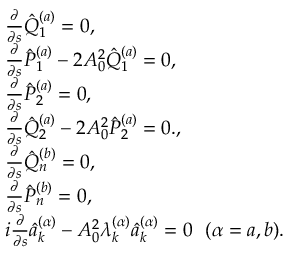
\begin{array} { r l } & { \frac { \partial } { \partial s } \hat { Q } _ { 1 } ^ { ( a ) } = 0 , } \\ & { \frac { \partial } { \partial s } \hat { P } _ { 1 } ^ { ( a ) } - 2 A _ { 0 } ^ { 2 } \hat { Q } _ { 1 } ^ { ( a ) } = 0 , } \\ & { \frac { \partial } { \partial s } \hat { P } _ { 2 } ^ { ( a ) } = 0 , } \\ & { \frac { \partial } { \partial s } \hat { Q } _ { 2 } ^ { ( a ) } - 2 A _ { 0 } ^ { 2 } \hat { P } _ { 2 } ^ { ( a ) } = 0 . , } \\ & { \frac { \partial } { \partial s } \hat { Q } _ { n } ^ { ( b ) } = 0 , } \\ & { \frac { \partial } { \partial s } \hat { P } _ { n } ^ { ( b ) } = 0 , } \\ & { i \frac { \partial } { \partial s } \hat { a } _ { k } ^ { ( \alpha ) } - A _ { 0 } ^ { 2 } \lambda _ { k } ^ { ( \alpha ) } \hat { a } _ { k } ^ { ( \alpha ) } = 0 \, \, \, \, ( \alpha = a , b ) . } \end{array}